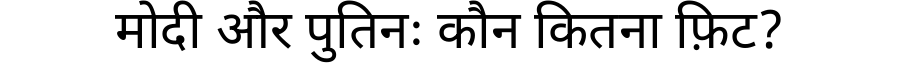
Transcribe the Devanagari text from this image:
मोदी और पुतिनः कौन कितना फ़िट?